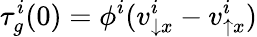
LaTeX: \tau_{g}^{i}(0)=\phi^{i}(v_{\downarrow x}^{i}-v_{\uparrow x}^{i})